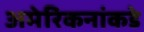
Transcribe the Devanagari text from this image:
अमेरिकनांकडे